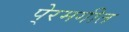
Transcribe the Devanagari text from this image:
पे्रमगीत